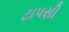
ટાપસી